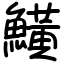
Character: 鱑